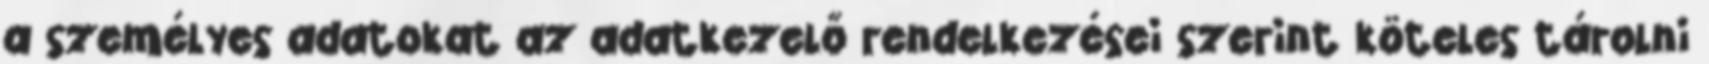
a személyes adatokat az adatkezelő rendelkezései szerint köteles tárolni